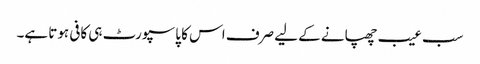
سب عیب چھپانے کے لیے صرف اس کا پاسپورٹ ہی کافی ہوتا ہے۔